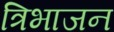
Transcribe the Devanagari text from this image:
त्रिभाजन